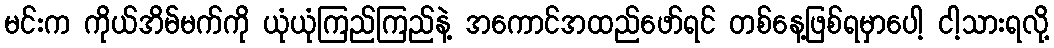
မင်းက ကိုယ်အိမ်မက်ကို ယုံယုံကြည်ကြည်နဲ့ အကောင်အထည်ဖော်ရင် တစ်နေ့ဖြစ်ရမှာပေါ့ ငါ့သားရလို့